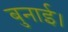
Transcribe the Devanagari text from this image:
बुनाई।